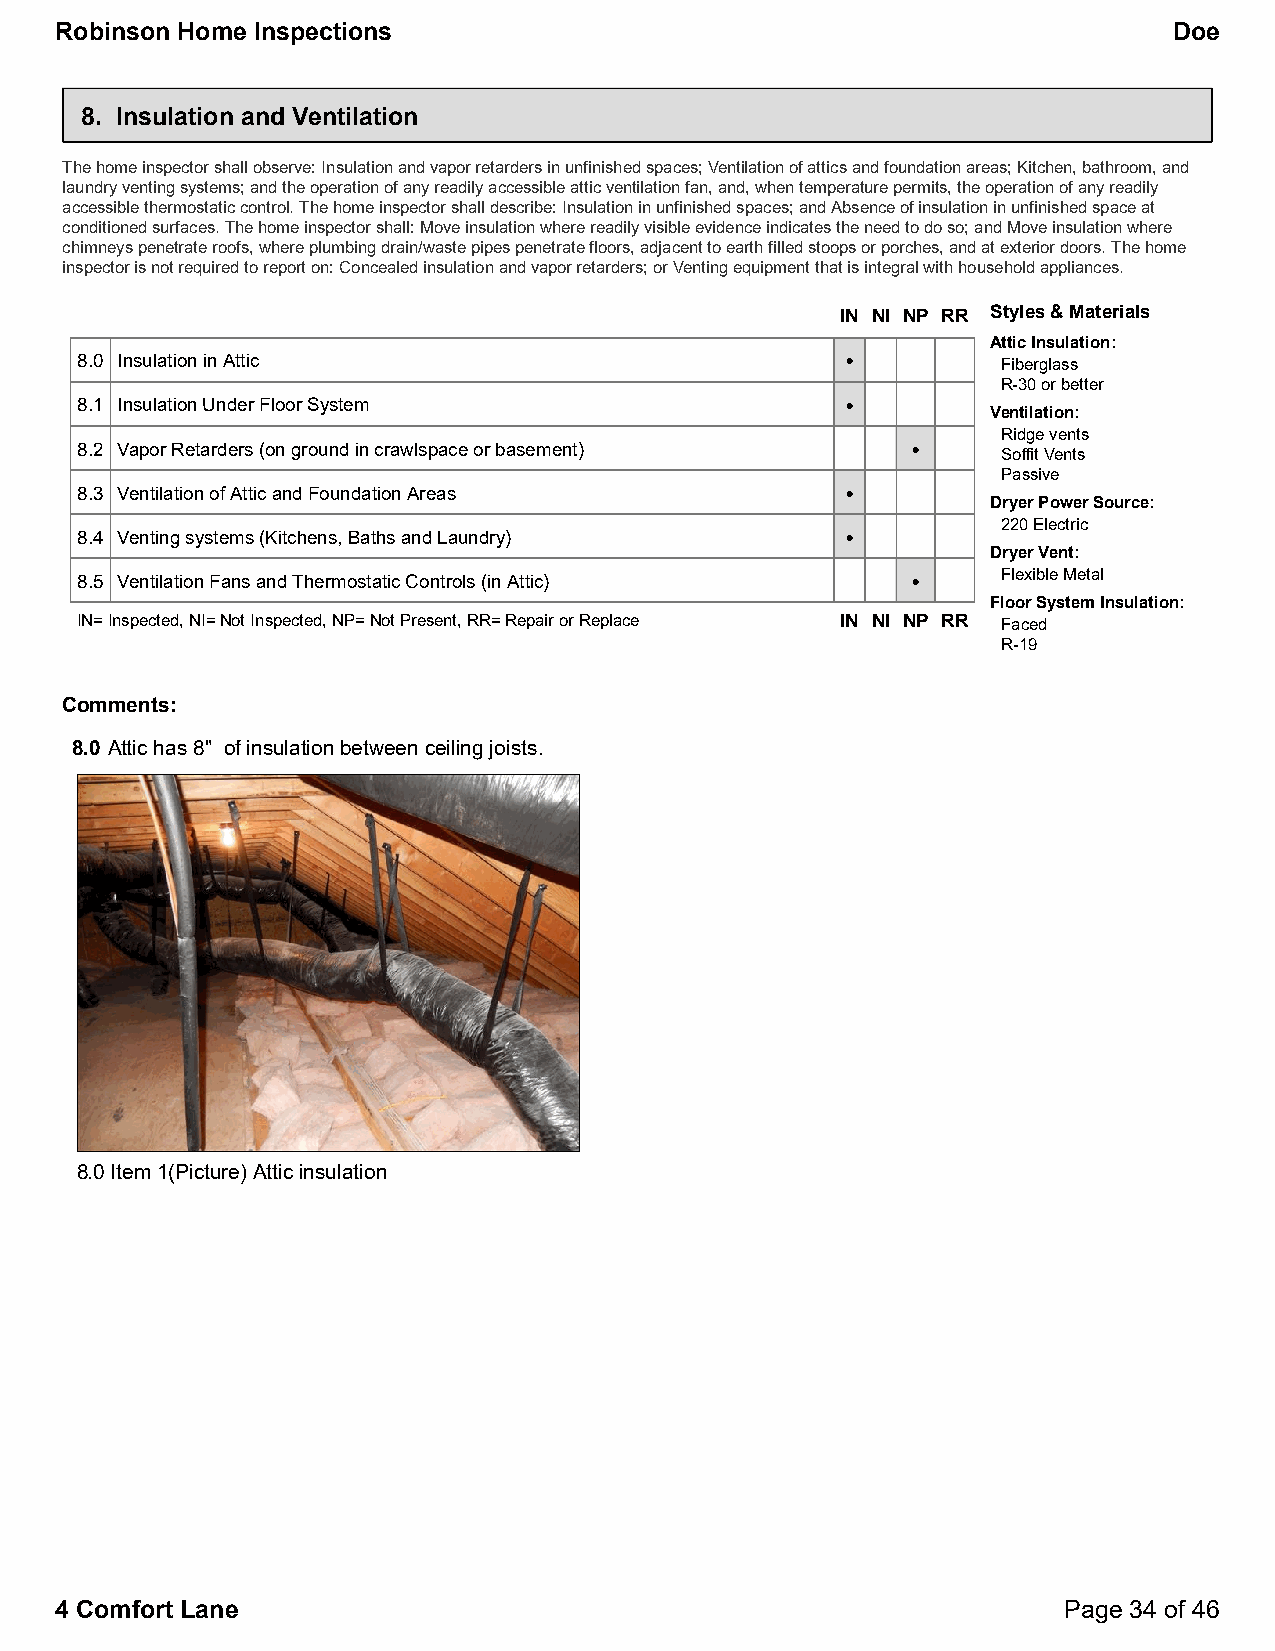
Robinson Home Inspections                                                 Doe
 8. Insulation and Ventilation
 The home inspector shall observe: Insulation and vapor retarders in unfinished spaces; Ventilation of attics and foundation areas; Kitchen, bathroom, and
 laundry venting systems; and the operation of any readily accessible attic ventilation fan, and, when temperature permits, the operation of any readily
 accessible thermostatic control. The home inspector shall describe: Insulation in unfinished spaces; and Absence of insulation in unfinished space at
 conditioned surfaces. The home inspector shall: Move insulation where readily visible evidence indicates the need to do so; and Move insulation where
 chimneys penetrate roofs, where plumbing drain/waste pipes penetrate floors, adjacent to earth filled stoops or porches, and at exterior doors. The home
 inspector is not required to report on: Concealed insulation and vapor retarders; or Venting equipment that is integral with household appliances.
 IN NI NP RR Styles & Materials
 Attic Insulation:
 8.0 Insulation in Attic                            •         Fiberglass
 R-30 or better
 8.1 Insulation Under Floor System                  •
 Ventilation:
 Ridge vents
 8.2 Vapor Retarders (on ground in crawlspace or basement) •
 Soffit Vents
 Passive
 8.3 Ventilation of Attic and Foundation Areas      •
 Dryer Power Source:
 220 Electric
 8.4 Venting systems (Kitchens, Baths and Laundry)  •
 Dryer Vent:
 8.5 Ventilation Fans and Thermostatic Controls (in Attic) •  Flexible Metal
 Floor System Insulation:
 IN=Inspected, NI=Not Inspected, NP=Not Present, RR=Repair or Replace IN NI NP RR Faced
 R-19
 Comments:
 8.0 Attic has 8" of insulation between ceiling joists.
 8.0 Item 1(Picture) Attic insulation
 4 Comfort Lane                                                    Page 34 of 46